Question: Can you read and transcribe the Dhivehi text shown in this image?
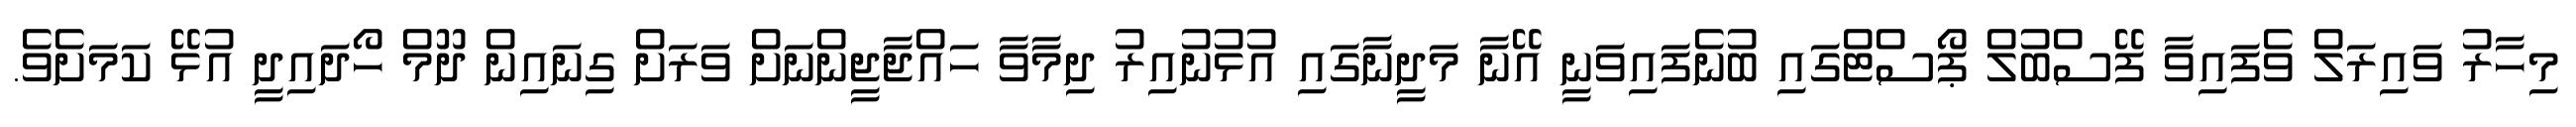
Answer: މިހާރު ވައިރަލް ވެފައިވާ ފޭސްބުލް ޕޯސްޓްގައި ބުނެފައިވަނީ އޭނާ މަދީނާގައި އުޅުނުއިރު ދިމާވާ ހައްޖާޖީންނަށް ވަރަށް ގިނައިން ދޫމް ހޯދައިދީ އުޅޭ ކަމަށެވެ.